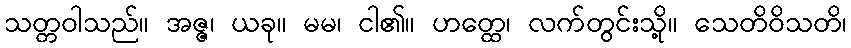
သတ္တဝါသည်။ အဇ္ဇ၊ ယခု။ မမ၊ ငါ၏။ ဟတ္ထေ၊ လက်တွင်းသို့။ သေတိဝိသတိ၊